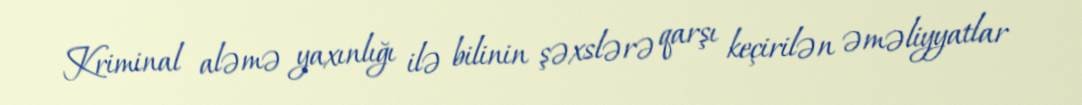
Kriminal aləmə yaxınlığı ilə bilinin şəxslərə qarşı keçirilən əməliyyatlar